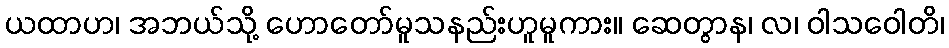
ယထာဟ၊ အဘယ်သို့ ဟောတော်မူသနည်းဟူမူကား။ ဆေတွာန၊ လ၊ ဝါသဝေါတိ၊